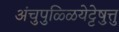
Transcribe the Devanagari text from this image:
अंचुपुळ्ळियेट्टेषु़त्तु